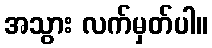
အသွား လက်မှတ်ပါ။